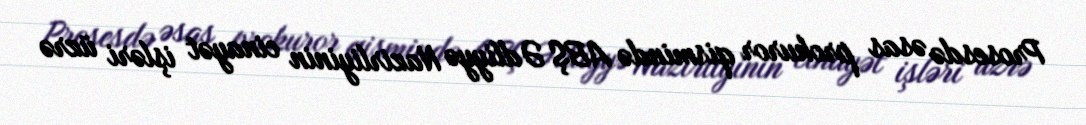
Prosesdə əsas prokuror qismində ABŞ Ədliyyə Nazirliyinin cinayət işləri üzrə